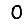
Digit: 0